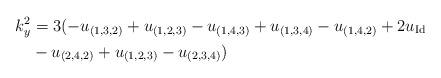
LaTeX: \begin{align*} k_{y}^2 & = 3(-u_{(1,3,2)}+ u_{(1,2,3)}- u_{(1,4,3)} +u_{(1,3,4)}-u_{(1,4,2)}+2u_\mathrm{Id}\\ &-u_{(2,4,2)} + u_{(1,2,3)}-u_{(2,3,4)}) \end{align*}